Vaccination in the Punjab 1883-1896 - 1883-1896
Year: 1883
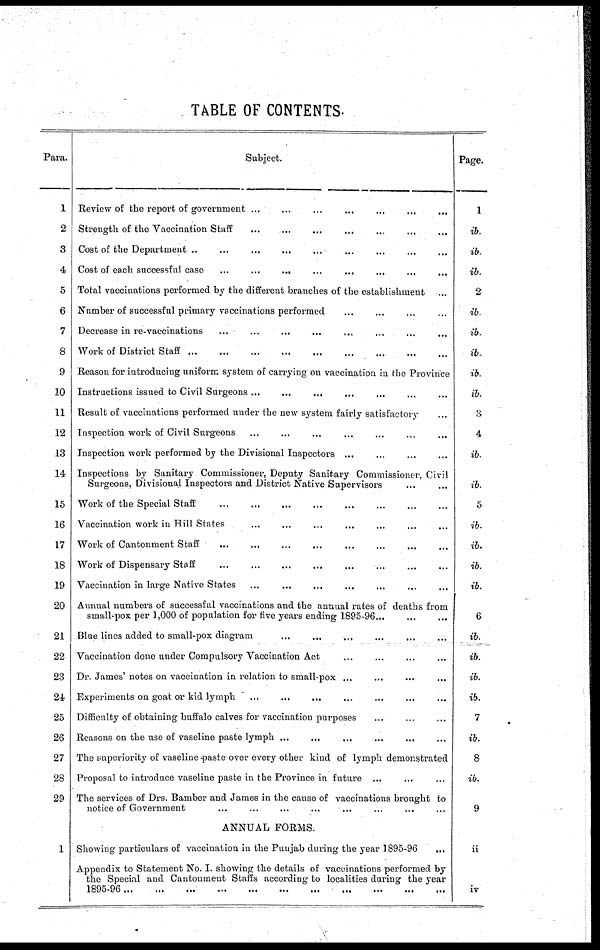
TABLE OF CONTENTS.
Para.
1
2
3
4
5
6
7
8
9
10
11
12
13
14
15
16
17
18
19
20
21
22
23
24
25
26
27
28
29
1
Subject.
Review of the report of government ... ... ... ... ... ... ...
Strength of the Vaccination Staff ... ... ... ... ... ... ...
Cost of the Department ... ... ... ... ... ... ... ...
Cost of each successful case ... ... ... ... ... ... ... ...
Total vaccinations performed by the different branches of the establishment ...
Number of successful primary vaccinations performed ... ... ... ...
Decrease in re-vaccinations ... ... ... ... ... ... ... ...
Work of District Staff
...
...
...
...
...
...
...
...
Reason for introducing uniform system of carrying on vaccination in the Province
Instructions issued to Civil Surgeons ... ... ... ... ... ... ... ...
Result of vaccinations performed under the new system fairly satisfactory ...
Inspection work of Civil Surgeons ... ... ... ... ... ... ...
Inspection work performed by the Divisional Inspectors ... ... ... ...
Inspections by Sanitary Commissioner, Deputy Sanitary Commissioner, Civil
Surgeons, Divisional Inspectors and District Native Supervisors ... ...
Work of the Special Staff
...
...
...
...
...
...
...
Vaccination work in Hill States ... ... ... ... ... ... ...
Work of Cantonment Staff ... ... ... ... ... ... ...
Work of Dispensary Staff ... ... ... ... ... ... ...
Vaccination in large Native States ... ... ... ... ... ... ...
Annual numbers of successful vaccinations and the annual rates of deaths from
small-pox per 1,000 of population for five years ending 1895-96
...
...
...
Blue lines added to small-pox diagram ... ... ... ... ... ... ...
Vaccination done under Compulsory Vaccination Act ... ... ... ... ... ... ...
Dr. James' notes on vaccination in relation to small-pox ... ... ... ...
Experiments on goat or kid lymph ... ... ... ... ... ... ...
Difficulty of obtaining buffalo calves for vaccination purposes ... ... ... ... ... ... ...
Reasons on the use of vaseline paste lymph ... ... ... ... ... ...
The superiority of vaseline paste over every other kind of lymph demonstrated
Proposal to introduce vaseline paste in the Province in future ... ... ... ...
The services of Drs. Bamber and James in the cause of vaccinations brought to
notice of Government ... ... ... ... ... ... ... ...
ANNUAL FORMS.
Showing particulars of vaccination in the Punjab during the year 1895-96 ...
Appendix to Statement No. I. showing the details of vaccinations performed by
the Special and Cantonment Staffs according to localities during the year
1895-96
...
...
...
...
...
...
...
...
Page.
1
ib.
ib.
ib.
2
ib.
ib.
ib.
ib.
ib.
3
4
ib.
ib.
5
ib.
ib.
ib.
ib.
6
ib.
ib.
ib.
ib.
7
ib.
8
ib.
9
ii
iv